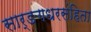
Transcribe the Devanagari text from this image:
सार्ङगधरसंहिता